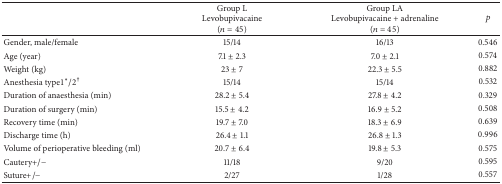
|  | Group LLevobupivacaine(n = 45) | Group LALevobupivacaine + adrenaline(n = 45) | p |
 | --- | --- | --- | --- |
 | Gender, male/female | 15/14 | 16/13 | 0.546 |
 | Age (year) | 7.1 ± 2.3 | 7.0 ± 2.1 | 0.574 |
 | Weight (kg) | 23 ± 7 | 22.3 ± 5.5 | 0.882 |
 | Anesthesia type1∗/2† | 15/14 | 15/14 | 0.532 |
 | Duration of anaesthesia (min) | 28.2 ± 5.4 | 27.8 ± 4.2 | 0.329 |
 | Duration of surgery (min) | 15.5 ± 4.2 | 16.9 ± 5.2 | 0.508 |
 | Recovery time (min) | 19.7 ± 7.0 | 18.3 ± 6.9 | 0.639 |
 | Discharge time (h) | 26.4 ± 1.1 | 26.8 ± 1.3 | 0.996 |
 | Volume of perioperative bleeding (ml) | 20.7 ± 6.4 | 19.8 ± 5.3 | 0.575 |
 | Cautery+/− | 11/18 | 9/20 | 0.595 |
 | Suture+/− | 2/27 | 1/28 | 0.557 |